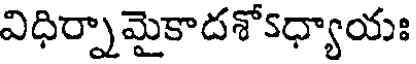
విధిర్నామైకాదశోsధ్యాయః